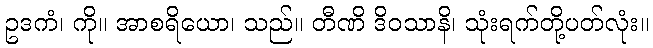
ဥဒကံ၊ ကို။ အာစရိယော၊ သည်။ တီဏိ ဒိဝသာနိ၊ သုံးရက်တို့ပတ်လုံး။